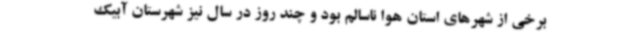
برخی از شهرهای استان هوا ناسالم بود و چند روز در سال نیز شهرستان آبیک